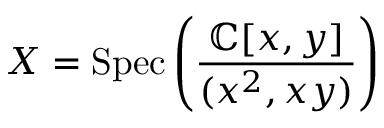
X = { \mathrm { S p e c } } \left( { \frac { \mathbb { C } [ x , y ] } { ( x ^ { 2 } , x y ) } } \right)